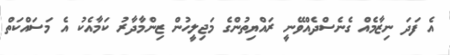
އެ ފަދަ ނިޒާމެއް ގެނެސްދެއްވޭނީ ރައްޔިތުންގެ މަޖިލީހުން ޒިންމާދާރު ކަމާއެކު އެ މަސައްކަތް